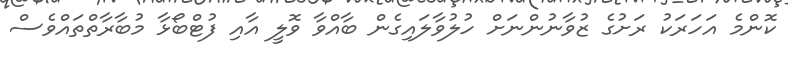
ކޮންމެ އަހަރަކު ރަށުގެ ޒުވާނުންނަށް ހުލުވާލައިގެން ބާއްވާ ވޮލީ އާއި ފުޓްބޯޅާ މުބާރާތްތައްވެސް